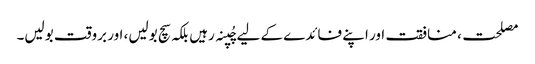
مصلحت، منافقت اور اپنے فائدے کے لیے چُپنہ رہیں بلکہ سچ بولیں، اور بروقت بولیں۔